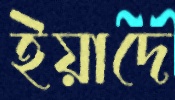
ইয়াদে